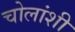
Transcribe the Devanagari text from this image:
चोलांशी